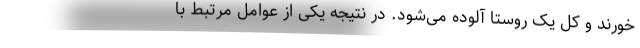
‌خورند و کل یک روستا آلوده می‌شود. در نتیجه یکی از عوامل مرتبط با